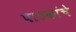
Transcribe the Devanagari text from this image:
पाठकांचे